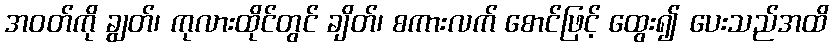
အဝတ်ကို ချွတ်၊ ကုလားထိုင်တွင် ချိတ်၊ စကားလက် စောင်ဖြင့် ထွေး၍ ပေးသည်အထိ